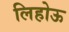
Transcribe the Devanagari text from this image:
लिहोऊ